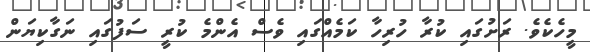
މީހެކެވެ. ރަށުގައި ކުރާ ހުރިހާ ކަމެއްގައި ވެސް އެންމެ ކުރީ ސަފުގައި ނަގާކިޔަން